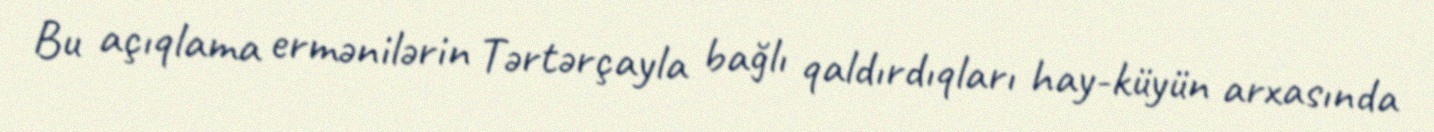
Bu açıqlama ermənilərin Tərtərçayla bağlı qaldırdıqları hay-küyün arxasında